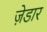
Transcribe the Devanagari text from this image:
ज़ेडार